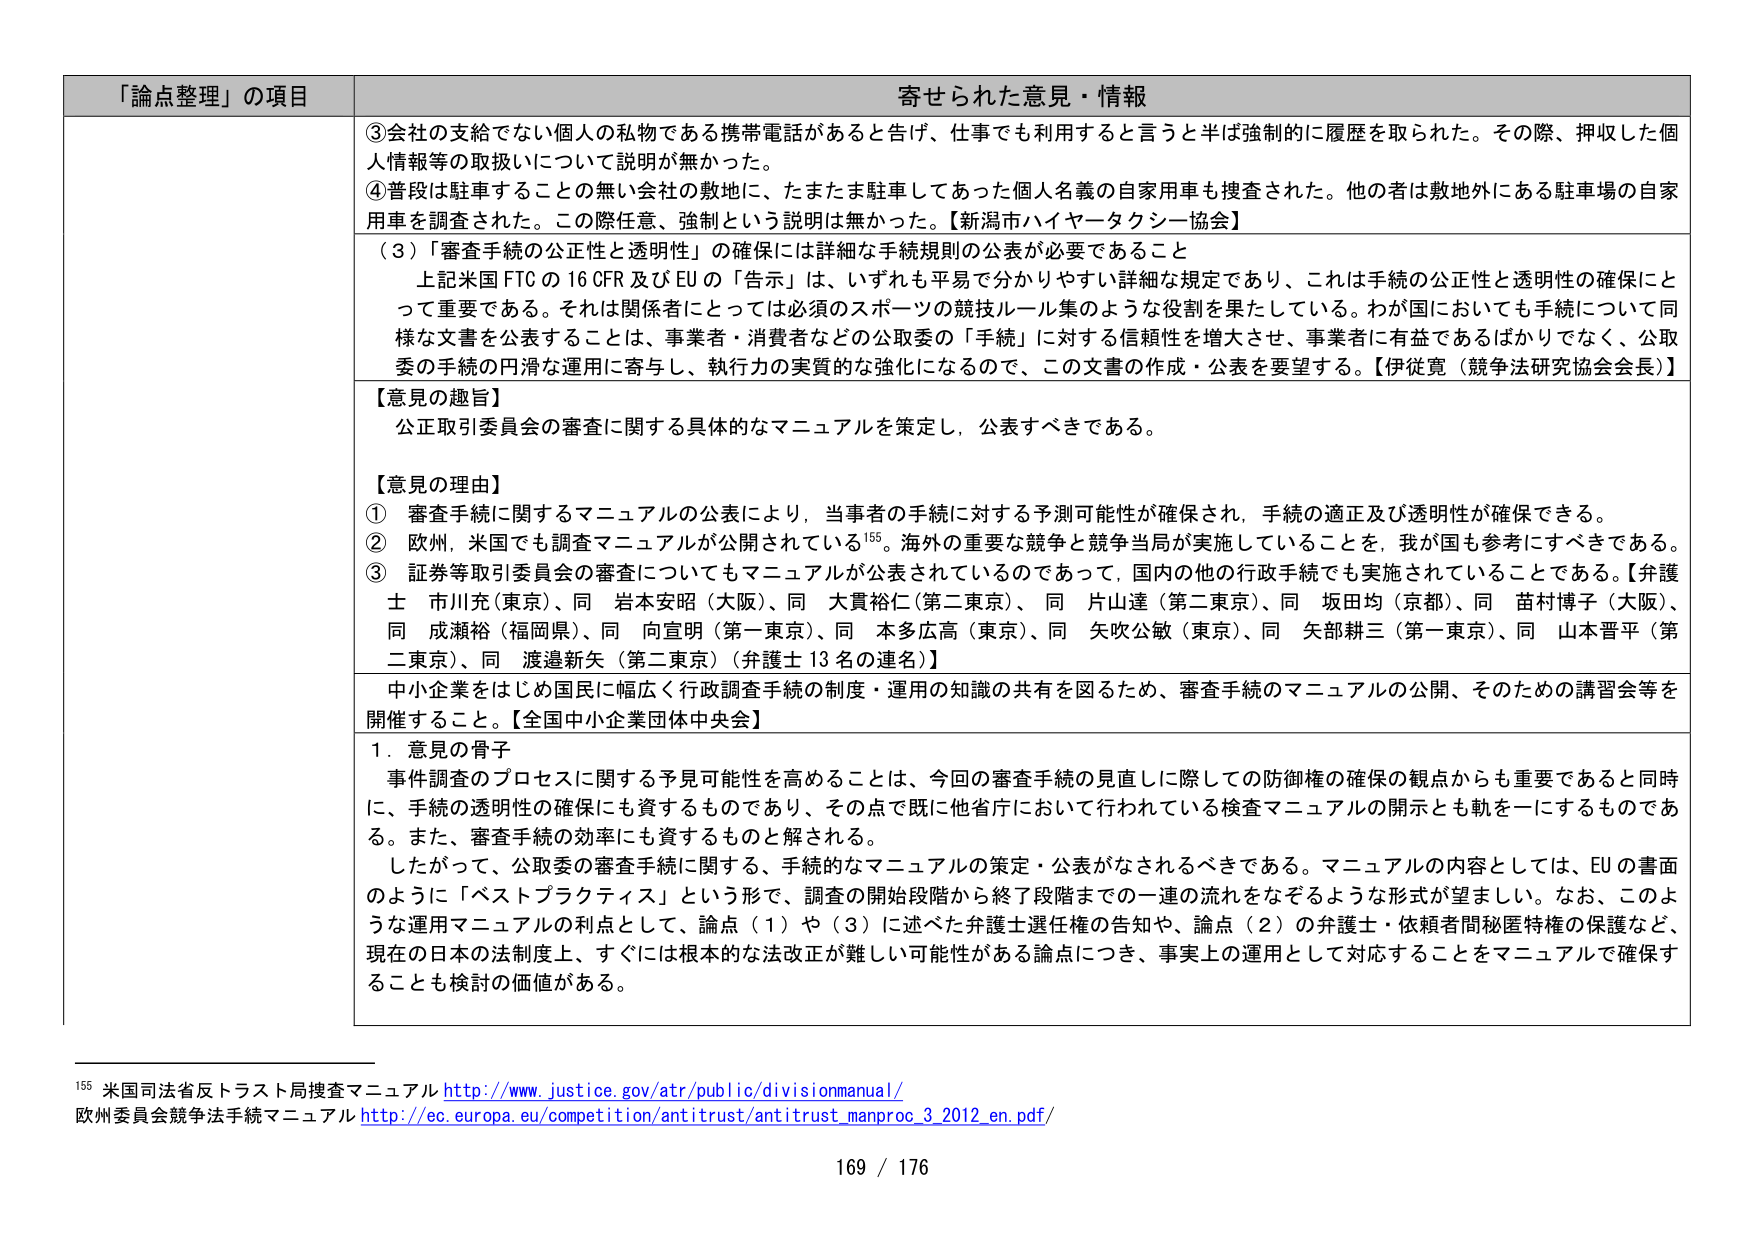
「論点整理」の項目 寄せられた意見・情報
③会社の支給でない個人の私物である携帯電話があると告げ、仕事でも利用すると言うと半ば強制的に履歴を取られた。その際、押収した個人情報等の取扱いについて説明が無かった。
④普段は駐車することの無い会社の敷地に、たまたま駐車してあった個人名義の自家用車も捜査された。他の者は敷地外にある駐車場の自家用車を調査された。この際任意、強制という説明は無かった。【新潟市ハイヤータクシー協会】
（3）「審査手続の公正性と透明性」の確保には詳細な手続規則の公表が必要であること
上記米国 FTC の 16 CFR 及び EU の「告示」は、いずれも平易で分かりやすい詳細な規定であり、これは手続の公正性と透明性の確保にとって重要である。それは関係者にとっては必須のスポーツの競技ルール集のような役割を果たしている。わが国においても手続について同様な文書を公表することは、事業者・消費者などの公取委の「手続」に対する信頼性を増大させ、事業者に有益であるばかりでなく、公取委の手続の円滑な運用に寄与し、執行力の実質的な強化になるので、この文書の作成・公表を要望する。【伊従寛（競争法研究協会会長）】
【意見の趣旨】
公正取引委員会の審査に関する具体的なマニュアルを策定し、公表すべきである。
【意見の理由】
① 審査手続に関するマニュアルの公表により、当事者の手続に対する予測可能性が確保され、手続の適正及び透明性が確保できる。
② 欧州、米国でも調査マニュアルが公開されている155。海外の重要な競争と競争当局が実施していることを、我が国も参考にすべきである。
③ 証券等取引委員会の審査についてもマニュアルが公表されているのであって、国内の他の行政手続でも実施されていてよいことである。【弁護士 市川充（東京）、同 岩本安昭（大阪）、同 大貫裕仁（第二東京）、同 片山達（第二東京）、同 坂田均（京都）、同 苗村博子（大阪）、同 成瀬裕（福岡県）、同 向宣明（第一東京）、同 本多広高（東京）、同 矢吹公敏（東京）、同 矢部耕三（第一東京）、同 山本晋平（第二東京）、同 渡邉新矢（第二東京）（弁護士 13 名の連名）】
中小企業をはじめ国民に幅広く行政調査手続の制度・運用の知識の共有を図るため、審査手続のマニュアルの公開、そのための講習会等を開催すること。【全国中小企業団体中央会】
1．意見の骨子
事件調査のプロセスに関する予見可能性を高めることは、今回の審査手続の見直しに際しての防御権の確保の観点からも重要であると同時に、手続の透明性の確保にも資するものであり、その点で既に他省庁において行われている検査マニュアルの開示とも軌を一にするものである。また、審査手続の効率にも資するものと解される。
したがって、公取委の審査手続に関する、手続的なマニュアルの策定・公表がなされるべきである。マニュアルの内容としては、EU の書面のように「ベストプラクティス」という形で、調査の開始段階から終了段階までの一連の流れをなぞるような形式が望ましい。なお、このような運用マニュアルの利点として、論点（1）や（3）に述べた弁護士選任権の告知や、論点（2）の弁護士・依頼者間秘匿特権の保護など、現在の日本の法制度上、すぐには根本的な法改正が難しい可能性がある論点につき、事実上の運用として対応することをマニュアルで確保することも検討の価値がある。
155 米国司法省反トラスト局捜査マニュアル http://www.justice.gov/atr/public/divisionmanual/
欧州委員会競争法手続マニュアル http://ec.europa.eu/competition/antitrust/antitrust_manproc_3_2012_en.pdf/
169 / 176